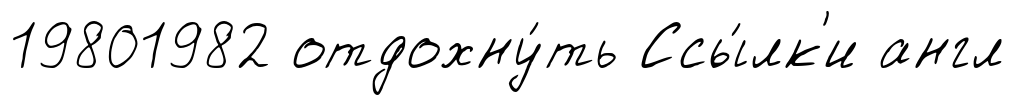
19801982 отдохну́ть Ссы́лк'и англ